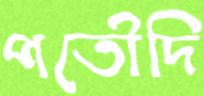
পতৌদি